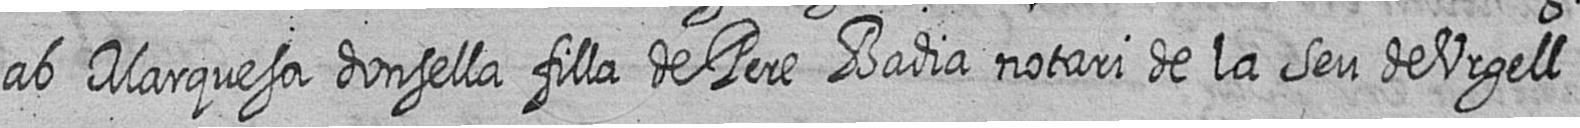
ab Marquesa donsella filla de Pere Badia notari de la Seu de Urgell